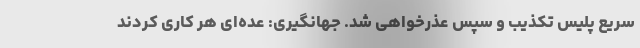
سریع پلیس تکذیب و سپس عذرخواهی شد. جهانگیری: عده‌ای هر کاری کردند